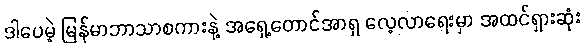
ဒါပေမဲ့ မြန်မာဘာသာစကားနဲ့ အရှေ့တောင်အာရှ လေ့လာရေးမှာ အထင်ရှားဆုံး